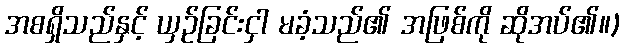
အစရှိသည်နှင့် ယှဉ်ခြင်းငှါ မခံ့သည်၏ အဖြစ်ကို ဆိုအပ်၏။)